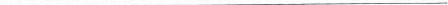
___